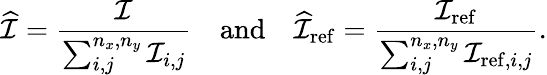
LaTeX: \widehat{\mathcal{I}}=\frac{\mathcal{I}}{\sum_{i,j}^{n_{x},n_{y}}\mathcal{I}_{i,j}}\quad\mathrm{and}\quad\widehat{\mathcal{I}}_{\mathrm{ref}}=\frac{\mathcal{I}_{\mathrm{ref}}}{\sum_{i,j}^{n_{x},n_{y}}\mathcal{I}_{\mathrm{ref},i,j}}.